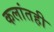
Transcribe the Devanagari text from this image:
कलांतही